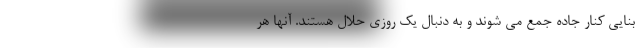
بنایی کنار جاده جمع می شوند و به دنبال یک روزی حلال هستند. آنها هر